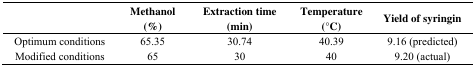
|  | Methanol (%) | Extraction time (min) | Temperature (°C) | Yield of syringin |
 | --- | --- | --- | --- | --- |
 | Optimum conditions | 65.35 | 30.74 | 40.39 | 9.16 (predicted) |
 | Modified conditions | 65 | 30 | 40 | 9.20 (actual) |